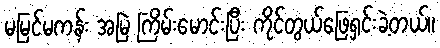
မမြင်မကန်း အမြဲ ကြိမ်းမောင်းပြီး ကိုင်တွယ်ဖြေရှင်းခဲ့တယ်။